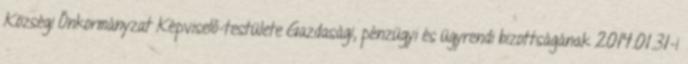
Községi Önkormányzat Képviselő-testülete Gazdasági, pénzügyi és ügyrendi bizottságának 2014.01.31-i